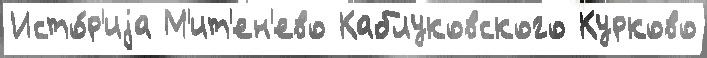
Исто́р'иjа М'ит'ен'ево Каблуковского Курково